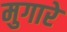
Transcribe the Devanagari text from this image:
मुगारे